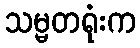
သမ္မတရုံးက